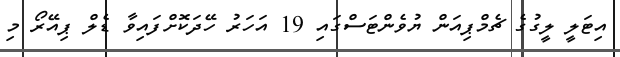
އިޓަލީ ލީގުގެ ޗެމްޕިއަން ޔުވެންޓަސްގައި 19 އަހަރު ހޭދަކޮށްފައިވާ ޑެލް ޕިއޭރޯ މި